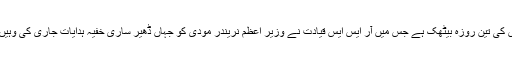
اس کا منہ بولتا ثبوت حال ہی میں اختتام پذیر آر ایس ایس کی تین روزہ بیٹھک ہے جس میں آر ایس ایس قیادت نے وزیر اعظم نریندر مودی کو جہاں ڈھیر ساری خفیہ ہدایات جاری کی وہیں پاکستان کے ساتھ تعلقات بہتر بنانے کا بھی مشورہ دیا۔